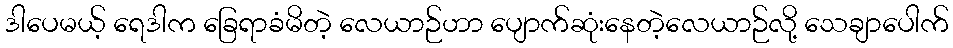
ဒါပေမယ့် ရေဒါက ခြေရာခံမိတဲ့ လေယာဉ်ဟာ ပျောက်ဆုံးနေတဲ့လေယာဉ်လို့ သေချာပေါက်